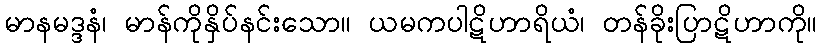
မာနမဒ္ဒနံ၊ မာန်ကိုနှိပ်နင်းသော။ ယမကပါဋိဟာရိယံ၊ တန်ခိုးပြာဋိဟာကို။